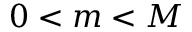
0 < m < M